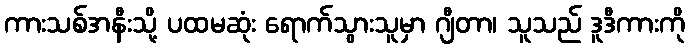
ကားသစ်အနီးသို့ ပထမဆုံး ရောက်သွားသူမှာ ဂျီတာ၊ သူသည် ဒူဒီကားကို